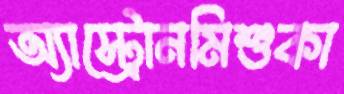
অ্যাস্ট্রোনমিশুকা